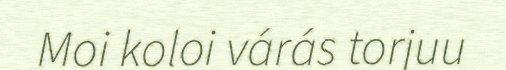
Moi koloi várás torjuu